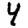
Digit: 4